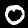
Digit: 0